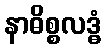
နာဓိစ္စလဒ္ဓံ